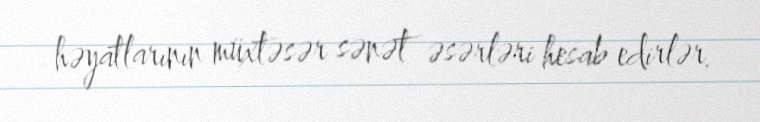
həyatlarının müxtəsər sənət əsərləri hesab edirlər.